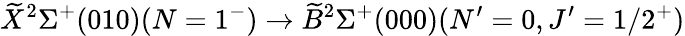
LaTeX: \widetilde{X}^{2}\Sigma^{+}(010)(N=1^{-})\rightarrow\widetilde{B}^{2}\Sigma^{+}(000)(N^{\prime}=0,J^{\prime}=1/2^{+})